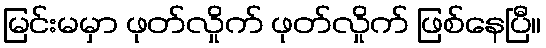
မြင်းမမှာ ဖုတ်လှိုက် ဖုတ်လှိုက် ဖြစ်နေပြီ။